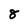
Character: 8